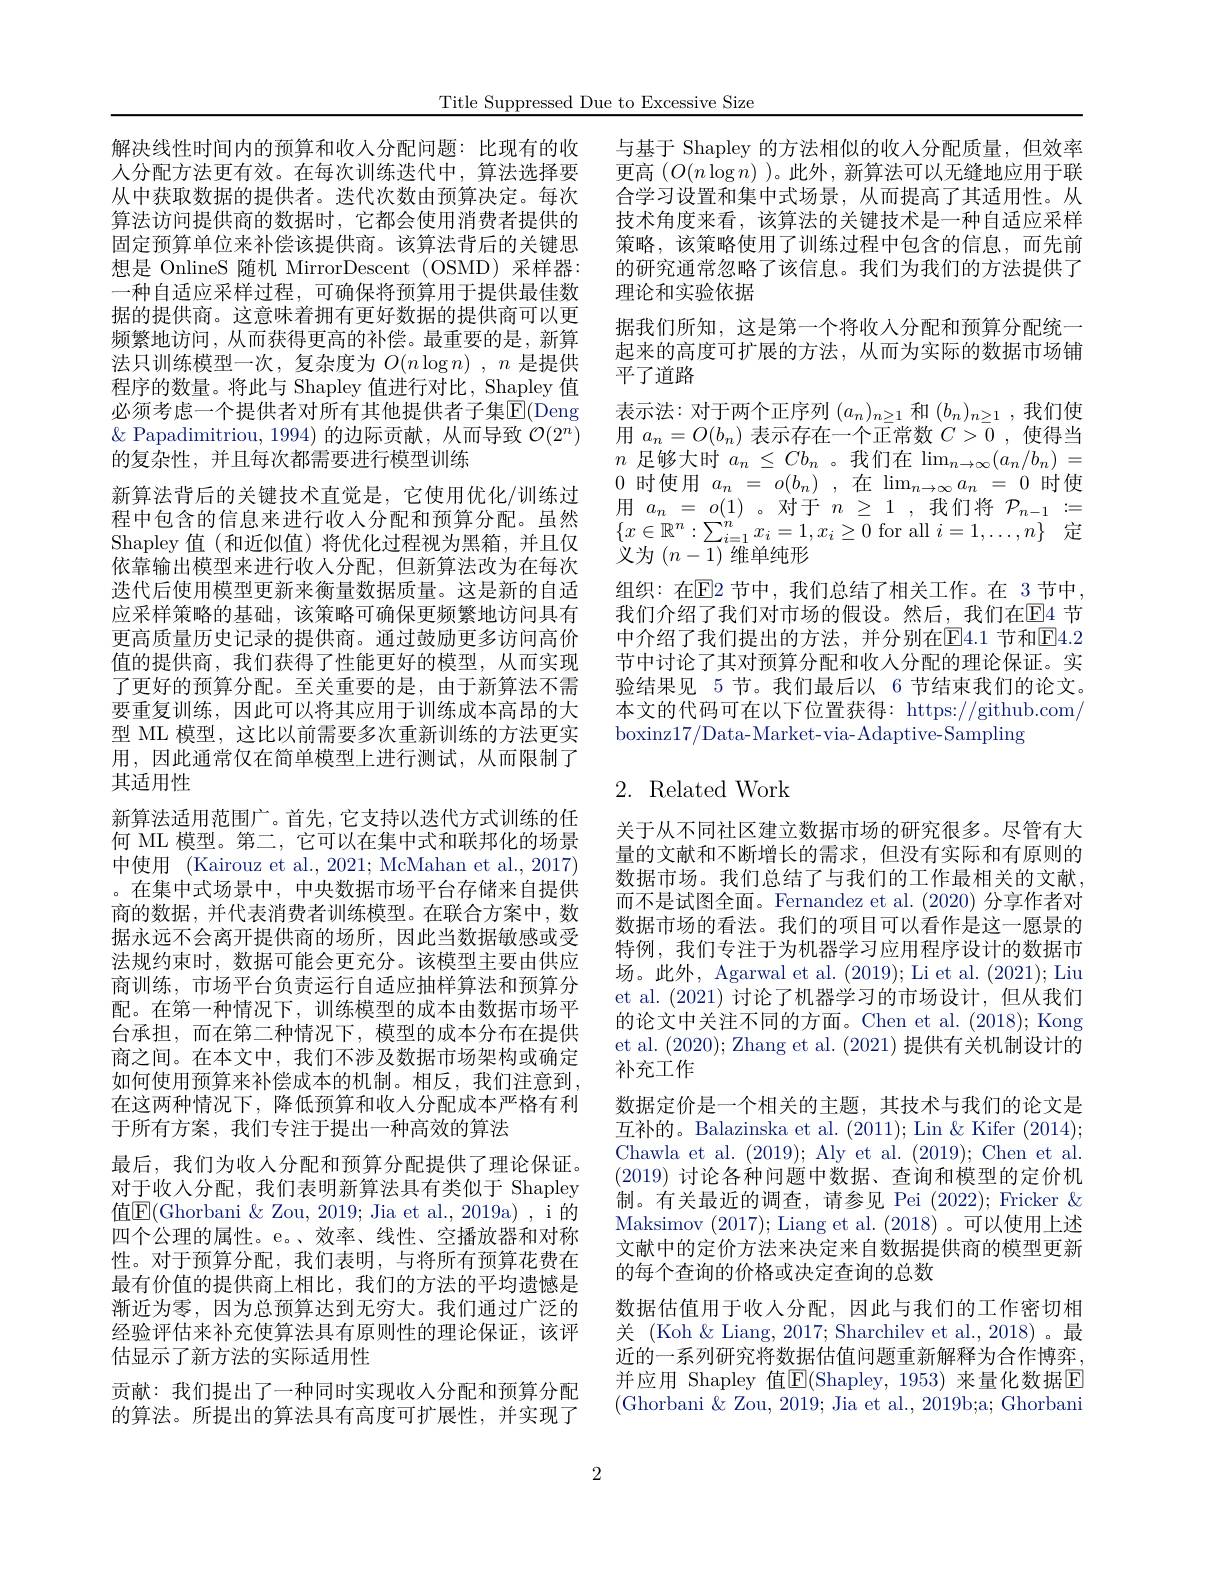
Title Suppressed Due to Excessive Size

解决线性时间内的预算和收入分配问题：比现有的收人分配方法更有效。在每次训练迭代中，算法选择要从中获取数据的提供者。迭代次数由预算决定。每次算法访问提供商的数据时，它都会使用消费者提供的固定预算单位来补偿该提供商。该算法背后的关键思想是 OnlineS 随机 MirrorDescent (OSMD)采样器： 一种自适应采样过程，可确保将预算用于提供最佳数据的提供商。这意味着拥有更好数据的提供商可以更频繁地访问，从而获得更高的补偿。最重要的是，新算法只训练模型一次，复杂度为$O( n\log n)$ $, n$是提供程序的数量。将此与 Shapley 值进行对比，Shapley 值必须考虑一个提供者对所有其他提供者子集$\mathbb{E}($Deng $\&$ Papadimitriou, 1994) 的边际贡献，从而导致$\mathcal{O}(2^n)$ 的复杂性，并且每次都需要进行模型训练
新算法背后的关键技术直觉是，它使用优化/训练过程中包含的信息来进行收入分配和预算分配。虽然Shapley 值(和近似值)将优化过程视为黑箱，并且仅依靠输出模型来进行收入分配，但新算法改为在每次迭代后使用模型更新来衡量数据质量。这是新的自适应采样策略的基础，该策略可确保更频繁地访问具有更高质量历史记录的提供商。通过鼓励更多访问高价值的提供商，我们获得了性能更好的模型，从而实现了更好的预算分配。至关重要的是，由于新算法不需要重复训练，因此可以将其应用于训练成本高昂的大型 ML 模型，这比以前需要多次重新训练的方法更实用，因此通常仅在简单模型上进行测试，从而限制了其适用性
新算法适用范围广。首先，它支持以迭代方式训练的任何 ML 模型。第二，它可以在集中式和联邦化的场景中使用 (Kairouz et al., 2021; McMahan et al., 2017) 。在集中式场景中，中央数据市场平台存储来自提供商的数据，并代表消费者训练模型。在联合方案中，数据永远不会离开提供商的场所，因此当数据敏感或受法规约束时，数据可能会更充分。该模型主要由供应商训练，市场平台负责运行自适应抽样算法和预算分配。在第一种情况下，训练模型的成本由数据市场平台承担，而在第二种情况下，模型的成本分布在提供商之间。在本文中，我们不涉及数据市场架构或确定如何使用预算来补偿成本的机制。相反，我们注意到在这两种情况下，降低预算和收人分配成本严格有利于所有方案，我们专注于提出一种高效的算法
最后，我们为收入分配和预算分配提供了理论保证。对于收人分配，我们表明新算法具有类似于 Shapley 值$\boxed{\mathrm{F}}($Ghorbani & Zou, 2019; Jia et al., 2019a) , i 的四个公理的属性。e。、效率、线性、空播放器和对称性。对于预算分配，我们表明，与将所有预算花费在最有价值的提供商上相比，我们的方法的平均遗憾是渐近为零，因为总预算达到无穷大。我们通过广泛的经验评估来补充使算法具有原则性的理论保证，该评估显示了新方法的实际适用性
贡献：我们提出了一种同时实现收入分配和预算分配的算法。所提出的算法具有高度可扩展性，并实现了

2

与基于 Shapley 的方法相似的收人分配质量，但效率更高$(O(n\log n)$ )。此外，新算法可以无缝地应用于联合学习设置和集中式场景，从而提高了其适用性。从技术角度来看，该算法的关键技术是一种自适应采样策略，该策略使用了训练过程中包含的信息，而先前的研究通常忽略了该信息。我们为我们的方法提供了理论和实验依据
据我们所知，这是第一个将收入分配和预算分配统一起来的高度可扩展的方法，从而为实际的数据市场铺平了道路
表示法：对于两个正序列$(a_n)_{n\geq1}$和$(b_n)_{n\geq1}$,我们使用$a_n=O(b_n)$表示存在一个正常数$C>\bar{0}$ ,使得当$n$ 足够大时 $a_n\leq Cb_n$ 。我们在$\lim_n\to\infty(a_n/b_n)=$ 0时使用$a_n=o(b_n)$,在$\lim_n\to\infty a_n=0$时使$\begin{array}{rcl}{\text{用 }a_{n}}&{=}&{o(1)}&{\text{。对于 }n}&{\geq}&{1}&{\text{,我们将}}&{{\mathcal P}}_{n-1}&{:}=\end{array}$ $\{x\in\mathbb{R}^n:\sum_{i=1}^nx_i=1,x_i\geq0$ for all $i=1,\ldots,n\}$定义为$(n-\overline{1})$维单纯形
组织：在$\mathbb{E}$2 节中，我们总结了相关工作。在 3节中， 我们介绍了我们对市场的假设。然后，我们在$\mathbb{E}$4 节中介绍了我们提出的方法，并分别在E4.1 节和E4.2节中讨论了其对预算分配和收入分配的理论保证。实验结果见 5 节。我们最后以 6 节结束我们的论文。本文的代码可在以下位置获得：https://github.com/ boxinz17/Data-Market-via-Adaptive-Sampling

# 2. Related Work

关于从不同社区建立数据市场的研究很多。尽管有大量的文献和不断增长的需求，但没有实际和有原则的数据市场。我们总结了与我们的工作最相关的文献， 而不是试图全面。Fernandez et al. (2020)分享作者对数据市场的看法。我们的项目可以看作是这一愿景的特例，我们专注于为机器学习应用程序设计的数据市场。此外，Agarwal et al. (2019); Li et al. (2021); Liu et al. (2021)讨论了机器学习的市场设计，但从我们的论文中关注不同的方面。Chen et al. (2018); Kong et al. (2020); Zhang et al. (2021)提供有关机制设计的补充工作
数据定价是一个相关的主题，其技术与我们的论文是互补的。Balazinska et al. (2011); Lin &Kifer (2014); Chawla et al. (2019); Aly et al. (2019); Chen et al. (2019)讨论各种问题中数据、查询和模型的定价机制。有关最近的调查，请参见 Pei (2022); Fricker & Maksimov (2017); Liang et al. (2018)。可以使用上述文献中的定价方法来决定来自数据提供商的模型更新的每个查询的价格或决定查询的总数
数据估值用于收人分配，因此与我们的工作密切相关 (Koh&Liang, 2017; Sharchilev et al., 2018)。最近的一系列研究将数据估值问题重新解释为合作博弈， 并应用 Shapley 值$\boxed{\mathrm{F}}($Shapley,1953)来量化数据$\boxed{\mathrm{F}}$ (Ghorbani $\&$ Zou, 2019; Jia et al., 2019b;a; Ghorbani